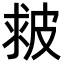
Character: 皳